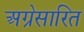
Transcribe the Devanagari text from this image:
अग्रेसारित